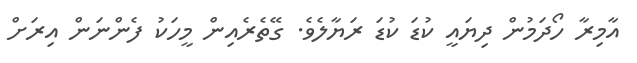
އާމިރާ ހޯދަމުން ދިޔައީ ކުޑަ ކުޑަ ރަޔާލެވެ. ގޭތެރެއިން މީހަކު ފެންނަން އިރަށް